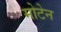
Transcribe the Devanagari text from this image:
मोटेन